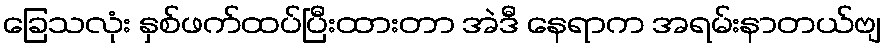
ခြေသလုံး နှစ်ဖက်ထပ်ပြီးထားတာ အဲဒီ နေရာက အရမ်းနာတယ်ဗျ